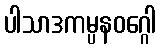
ပါသာဒကမ္ပနဝဂ္ဂေါ